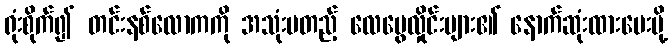
ရုံးစိုက်၍ တင်းနစ်လောကကို အသုံးမတည့် လေပွေလှိုင်းများ၏ နောက်ဆုံးထားပေးပို့